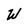
Character: W